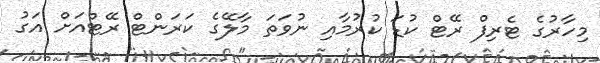
މިހާރުގެ ޓެރިފް ރޭޓް ކުޑަ ކުރުމާއި ނުވަތަ މާލޭގެ ކަރަންޓް ރޭޓްއަށް އަގު